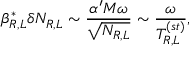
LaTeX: \beta _ { R , L } ^ { * } \delta N _ { R , L } \sim { \frac { \alpha ^ { \prime } M \omega } { \sqrt { N _ { R , L } } } } \sim { \frac { \omega } { T _ { R , L } ^ { ( s t ) } } } ,